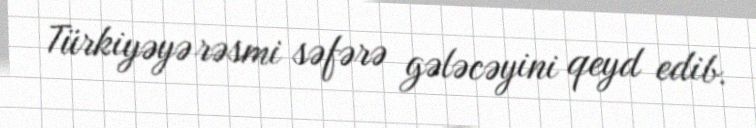
Türkiyəyə rəsmi səfərə gələcəyini qeyd edib.